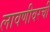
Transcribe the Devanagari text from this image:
लावणीवरची